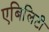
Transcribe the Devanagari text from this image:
एबिलिटी